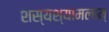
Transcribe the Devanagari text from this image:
शस्यश्यामलाम्